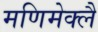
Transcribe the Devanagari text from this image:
मणिमेक्लै